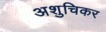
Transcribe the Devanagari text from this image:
अशुचिकर